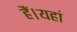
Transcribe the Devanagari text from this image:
हैं।यहां